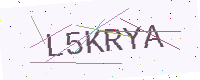
Text: L5KRYA